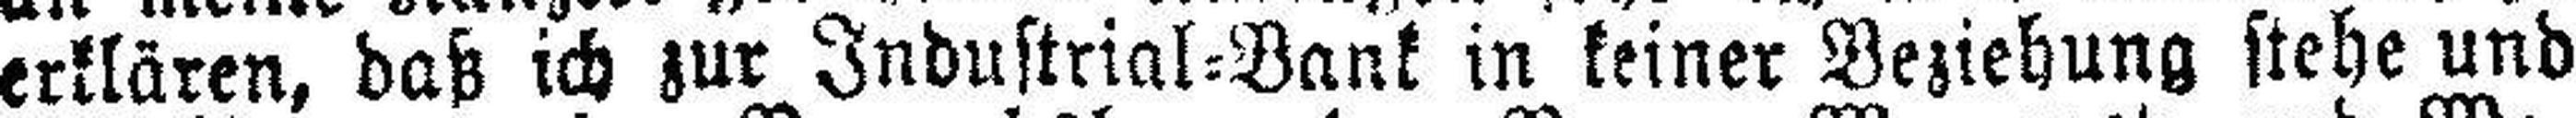
erklären, daß ich zur Industrial=Bank in keiner Beziehung stehe und